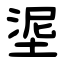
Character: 埿